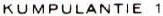
KUMPULANTIE 1